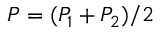
P = ( P _ { 1 } + P _ { 2 } ) / 2